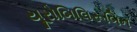
યૂરોબિલિરૂબિન